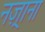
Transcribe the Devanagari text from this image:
नज़्राना